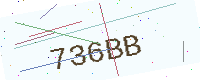
Text: 736BB